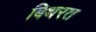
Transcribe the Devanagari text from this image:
बिथरत